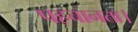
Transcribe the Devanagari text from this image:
पहचानता।